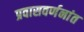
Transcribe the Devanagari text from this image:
प्रवासवर्णनांत